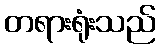
တရားရုံးသည်